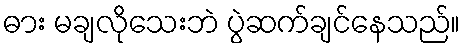
ဓား မချလိုသေးဘဲ ပွဲဆက်ချင်နေသည်။